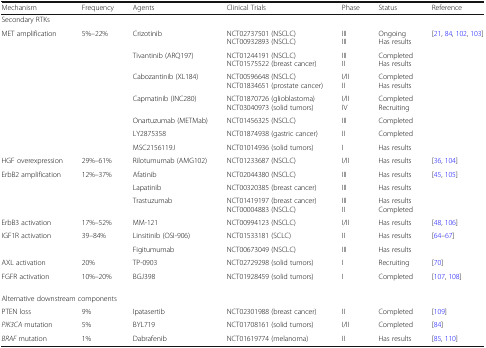
<table><thead><tr><td><b>Mechanism</b></td><td><b>Frequency</b></td><td><b>Agents</b></td><td><b>Clinical Trials</b></td><td><b>Phase</b></td><td><b>Status</b></td><td><b>Reference</b></td></tr></thead><tbody><tr><td>Secondary RTKs</td><td colspan="6"></td></tr><tr><td rowspan="7">MET amplification</td><td rowspan="7">5%–22%</td><td>Crizotinib</td><td>NCT02737501 (NSCLC)NCT00932893 (NSCLC)</td><td>IIIIII</td><td>OngoingHas results</td><td rowspan="7">[21, 84, 102, 103]</td></tr><tr><td>Tivantinib (ARQ197)</td><td>NCT01244191 (NSCLC)NCT01575522 (breast cancer)</td><td>IIIII</td><td>CompletedHas results</td></tr><tr><td>Cabozantinib (XL184)</td><td>NCT00596648 (NSCLC)NCT01834651 (prostate cancer)</td><td>I/IIII</td><td>CompletedHas results</td></tr><tr><td>Capmatinib (INC280)</td><td>NCT01870726 (glioblastoma)NCT03040973 (solid tumors)</td><td>I/IIIV</td><td>CompletedRecruiting</td></tr><tr><td>Onartuzumab (METMab)</td><td>NCT01456325 (NSCLC)</td><td>III</td><td>Completed</td></tr><tr><td>LY2875358</td><td>NCT01874938 (gastric cancer)</td><td>II</td><td>Completed</td></tr><tr><td>MSC2156119J</td><td>NCT01014936 (solid tumors)</td><td>I</td><td>Has results</td></tr><tr><td>HGF overexpression</td><td>29%–61%</td><td>Rilotumumab (AMG102)</td><td>NCT01233687 (NSCLC)</td><td>I/II</td><td>Has results</td><td>[36, 104]</td></tr><tr><td rowspan="3">ErbB2 amplification</td><td rowspan="3">12%–37%</td><td>Afatinib</td><td>NCT02044380 (NSCLC)</td><td>III</td><td>Has results</td><td rowspan="3">[45, 105]</td></tr><tr><td>Lapatinib</td><td>NCT00320385 (breast cancer)</td><td>III</td><td>Has results</td></tr><tr><td>Trastuzumab</td><td>NCT01419197 (breast cancer)NCT00004883 (NSCLC)</td><td>IIIII</td><td>Has resultsCompleted</td></tr><tr><td>ErbB3 activation</td><td>17%–52%</td><td>MM-121</td><td>NCT00994123 (NSCLC)</td><td>I/II</td><td>Has results</td><td>[48, 106]</td></tr><tr><td rowspan="2">IGF1R activation</td><td rowspan="2">39–84%</td><td>Linsitinib (OSI-906)</td><td>NCT01533181 (SCLC)</td><td>II</td><td>Has results</td><td rowspan="2">[64–67]</td></tr><tr><td>Figitumumab</td><td>NCT00673049 (NSCLC)</td><td>III</td><td>Has results</td></tr><tr><td>AXL activation</td><td>20%</td><td>TP-0903</td><td>NCT02729298 (solid tumors)</td><td>I</td><td>Recruiting</td><td>[70]</td></tr><tr><td>FGFR activation</td><td>10%–20%</td><td>BGJ398</td><td>NCT01928459 (solid tumors)</td><td>I</td><td>Completed</td><td>[107, 108]</td></tr><tr><td colspan="7">Alternative downstream components</td></tr><tr><td>PTEN loss</td><td>9%</td><td>Ipatasertib</td><td>NCT02301988 (breast cancer)</td><td>II</td><td>Completed</td><td>[109]</td></tr><tr><td><i>PIK3CA</i> mutation</td><td>5%</td><td>BYL719</td><td>NCT01708161 (solid tumors)</td><td>I/II</td><td>Completed</td><td>[84]</td></tr><tr><td><i>BRAF</i> mutation</td><td>1%</td><td>Dabrafenib</td><td>NCT01619774 (melanoma)</td><td>II</td><td>Has results</td><td>[85, 110]</td></tr></tbody></table>